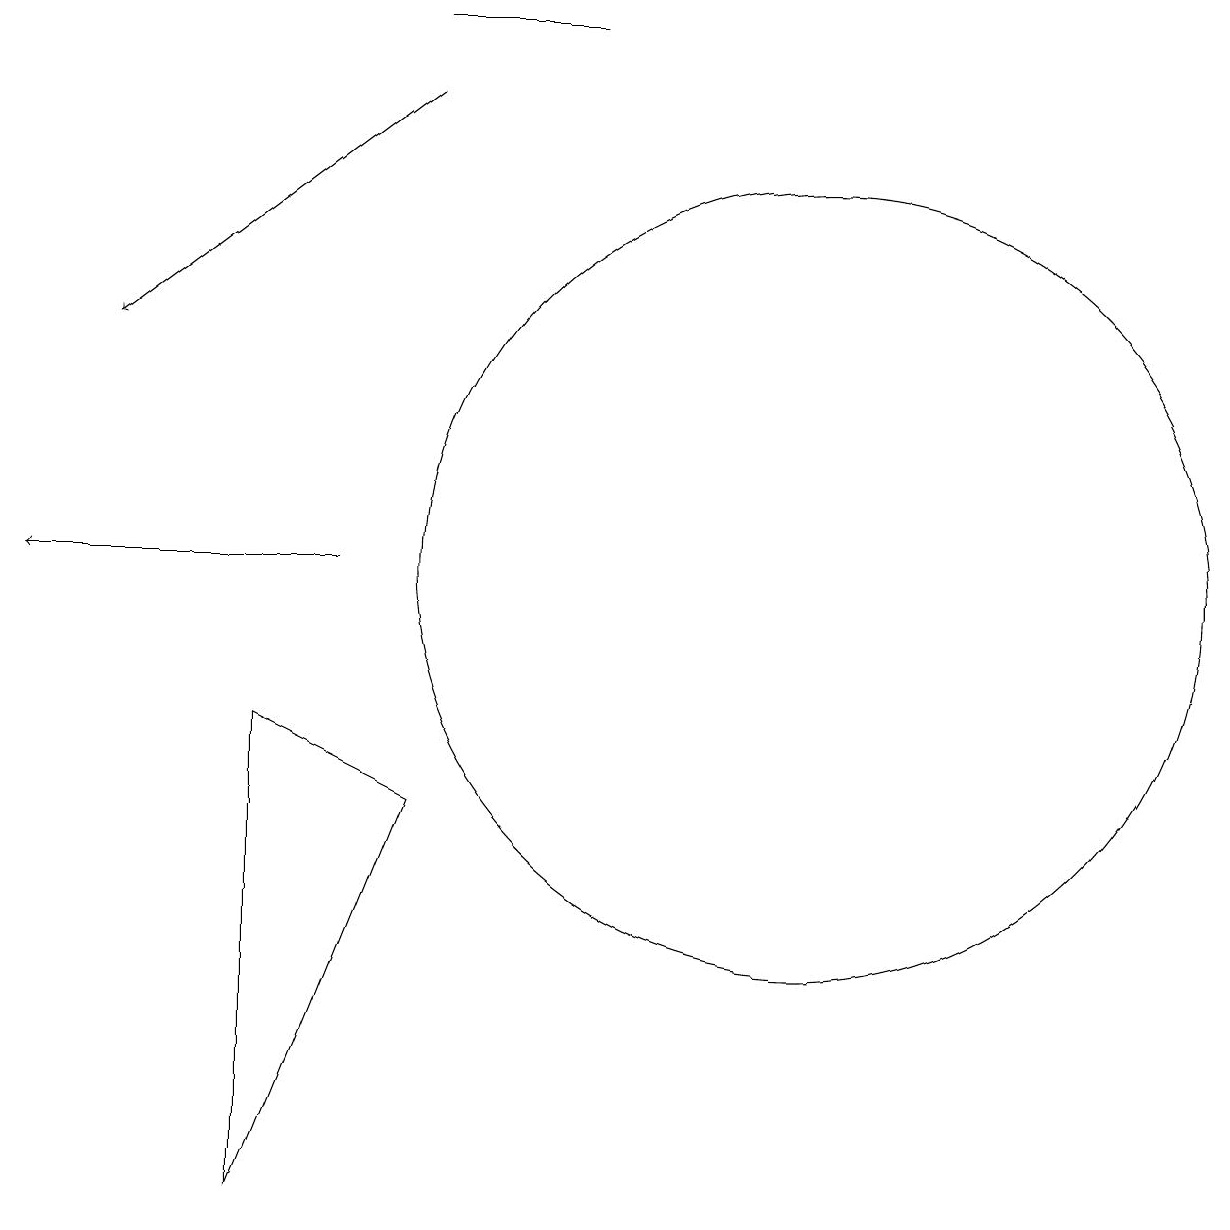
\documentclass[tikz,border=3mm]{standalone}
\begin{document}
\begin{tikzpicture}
\draw (4,8) -- (6,7) -- (4,2) -- cycle;
\draw[->] (6,16) -- (2,13);
\draw[->] (5,10) -- (1,10);
\draw (6,17) rectangle (8,17);
\draw (11,10) circle (5);
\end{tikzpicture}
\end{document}